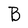
Character: B